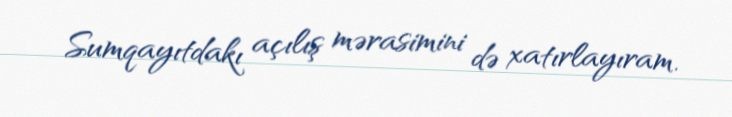
Sumqayıtdakı açılış mərasimini də xatırlayıram.